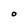
Character: O